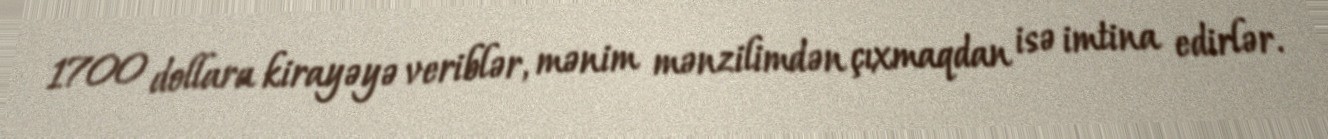
1700 dollara kirayəyə veriblər, mənim mənzilimdən çıxmaqdan isə imtina edirlər.